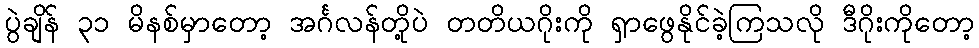
ပွဲချိန် ၃၁ မိနစ်မှာတော့ အင်္ဂလန်တို့ပဲ တတိယဂိုးကို ရှာဖွေနိုင်ခဲ့ကြသလို ဒီဂိုးကိုတော့